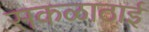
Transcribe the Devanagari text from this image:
सकळाठाई